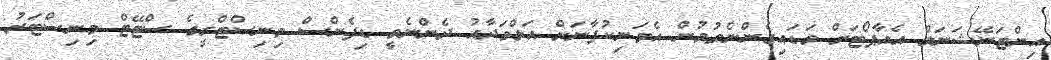
އިންޓަނޭޝަނަލް އެއާޕޯޓަށް ވަޑައިގެންނެވުމުން އެމަނިކުފާނަށް އަލްވަދާއު ދެންނެވީ ޑިފެންސް މިނިސްޓްރީގެ ސްޓޭޓް މިނިސްޓަރު